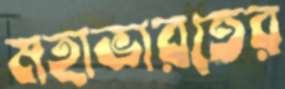
মহাভারতের